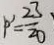
p ^ { \prime } = \frac { 2 3 } { 2 0 }